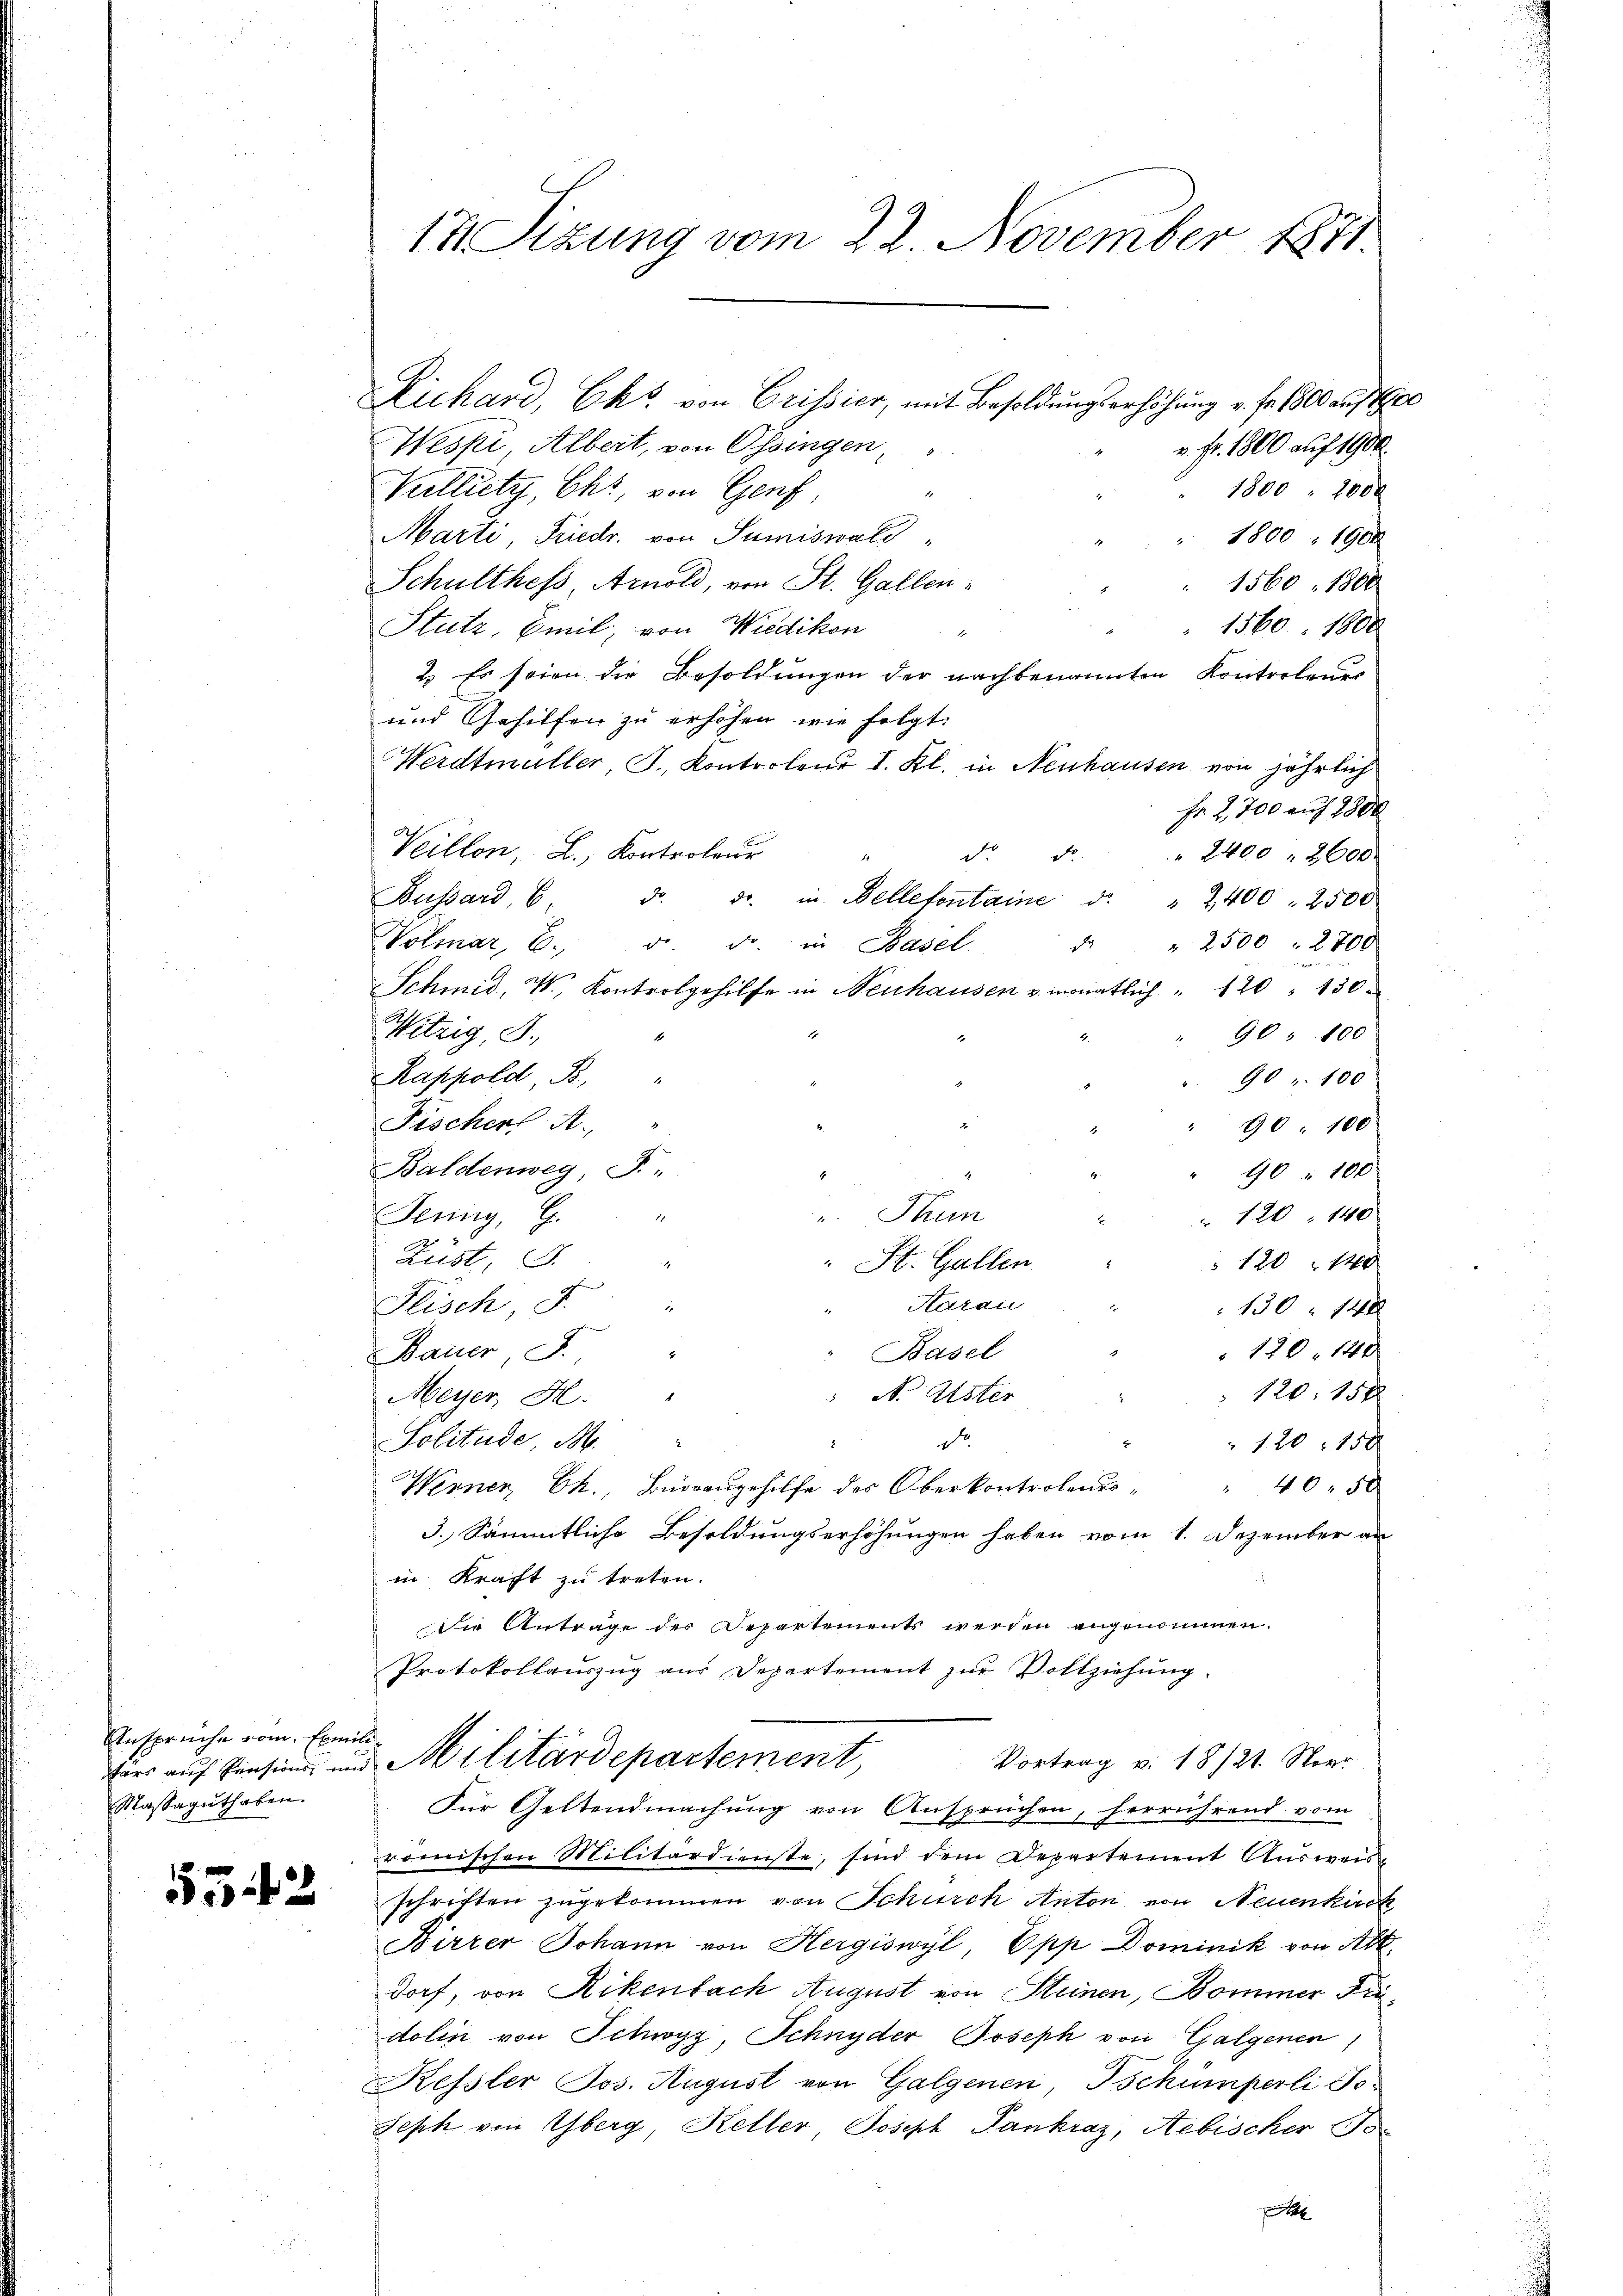
Ansprüche vom Exmili
Massaguthaben.

53. 42

c

17 Sizung vom 22. November 1871

Zichard, Eke von Crissier, mit Besoldungserhöhung u. fr. 1800 auf e
v. Fr. 1800 auf 1900
Wespi, Albert, von Ossingen
Vulliety, Ohr, von Genf
1800 " 200 x

Marti, Friedr. von Sumiswald
 1800. 1900
Schulthess Arnold, von St. Gallen¬
1560. 1800
 1560. 1800
Stutz, Emil, von Wiedikon "
2. Es seien die Besoldŭngen der nachbenannten Kontrolener
und Gehilfen zu erhöhen, wie folgt.
Werdmüller, S. Kontrolend I. Kl. in Neuhausen von jährlich
Fr. 2,700 auf 1300
Veillon, L., Kontroleur
 2400 " 2600
do. d
Bussard, 6 d. d. in Belletontaine d. " 2400 " 2500
 " 2500 " 2700
Wolmar, 6. d. d. in Basel
Schmid, V. Kontrolgehilfe in Neuhausen u. monatlich " 120 " 130.
Wetzig, S.
90 " 100
1
Rappold B, "
90 " 100
Fischer A. "
90. 100
Baldenweg, S.
90 " 100
.
u. Thun
Jeung, G.
.
" 120 - 140
Rust, J.
 120 " 14
" St. Gallen
Aarau
Flisch, F.
130 " 148
120. 140
Basel
Bauer, F. "
" N. Uster " " 120: 15 x
Meyer, H. "

Solitude, S.
D
2
120, 150
 40. 50
Werner, Ch., Barrangehilfe des Oberkontrolents¬
3.) Sämmtliche Besoldungserhöhungen haben vom 1. Dezember an
in Kraft zu treten.
die Anträge der Departements werden angenommen.
Protokollauszug aus Departement zur Vollziehung.
Vortrag v. 18/21. Neer
bes auf Pensinn und Militärdepartement
Für Geltendmachung von Ansprüchen, herrührend vom
römischen Militärdienste, sind dem Departement Ausweis
schriften zugekommen von Schurch Anton von Neuenkirch
Birrer Johann von Hergiswyl, Opp Dominik von Abt.
dorf, von Rikenbach August von Steinen, Bommer diedolin von Schwyz, Schnyder Joseph von Galgenen
Kessler Jos. August von Galgenen, Tschumperli Jo
Seph von Yberg Keller, Joseph Pankraz, Aebischer
f